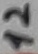
Text: 12